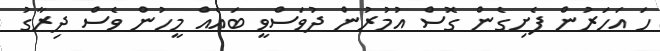
ހަ އަހަރުން ފެށިގެން ގޮސް އުމުރުން ދުވަސްވީ ބައެއް މީހުން ވެސް ދިރާގު